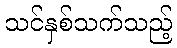
သင်နှစ်သက်သည့်